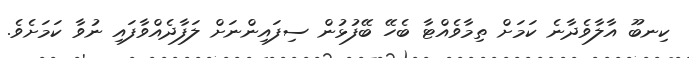
ކިނބޫ އާލާވެދާނެ ކަމަށް ތިމާވެއްޓާ ބެހޭ ބޭފުޅުން ސިފައިންނަށް ލަފާދެއްވާފައި ނުވާ ކަމަށެވެ.